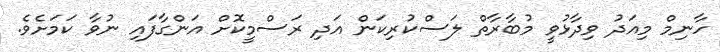
ހާނިމް މިއަދު ވިދާޅުވީ މުބާރާތް ލަސްކުރިކަން އަދި ރަސްމީކޮށް އަންގާފައި ނުވާ ކަމަށެވެ.